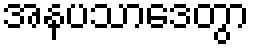
အနပသာဒေတွာ